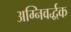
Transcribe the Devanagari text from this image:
अग्निवर्द्धक